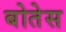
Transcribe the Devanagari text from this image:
बोतेस